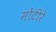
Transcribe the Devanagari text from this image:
मोंटीरे